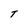
Character: T